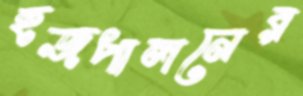
হজপালনের